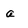
Character: a